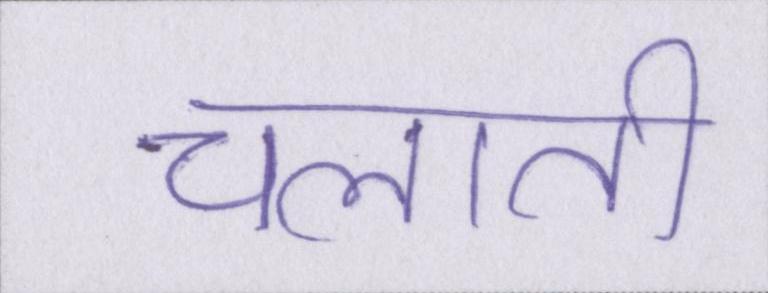
चलाती